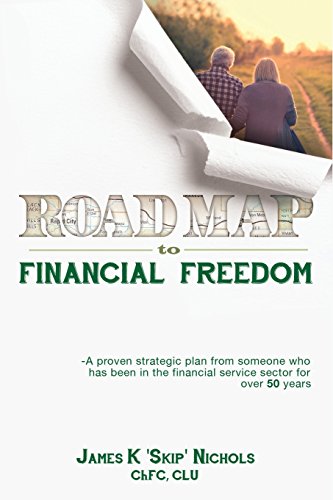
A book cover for Roadmap to Financial Freedom; ChFCCLU James K. "Skip" Nichols; Business & Money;